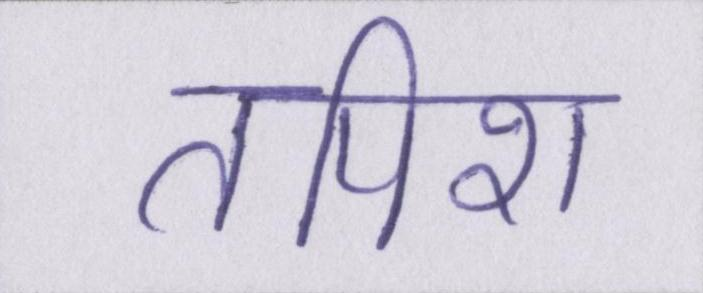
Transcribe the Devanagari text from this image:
तपिश